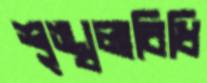
শৃঙ্খলাবিধি